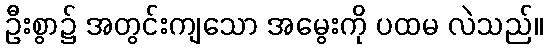
ဦးစွာ၌ အတွင်းကျသော အမွေးကို ပထမ လဲသည်။